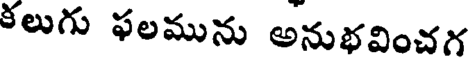
కలుగు ఫలమును అనుభవించగ